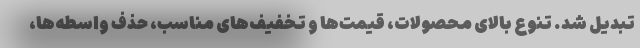
تبدیل شد. تنوع بالای محصولات، قیمت‌ها و تخفیف‌های مناسب، حذف واسطه‌ها،